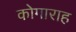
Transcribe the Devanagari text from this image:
कोगाराह